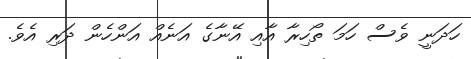
ހަދަނީ ވެސް ހަމަ ތޯހިރާ އާއި އޭނާގެ އަނެއް އަންހެން ދަރި އެވެ.